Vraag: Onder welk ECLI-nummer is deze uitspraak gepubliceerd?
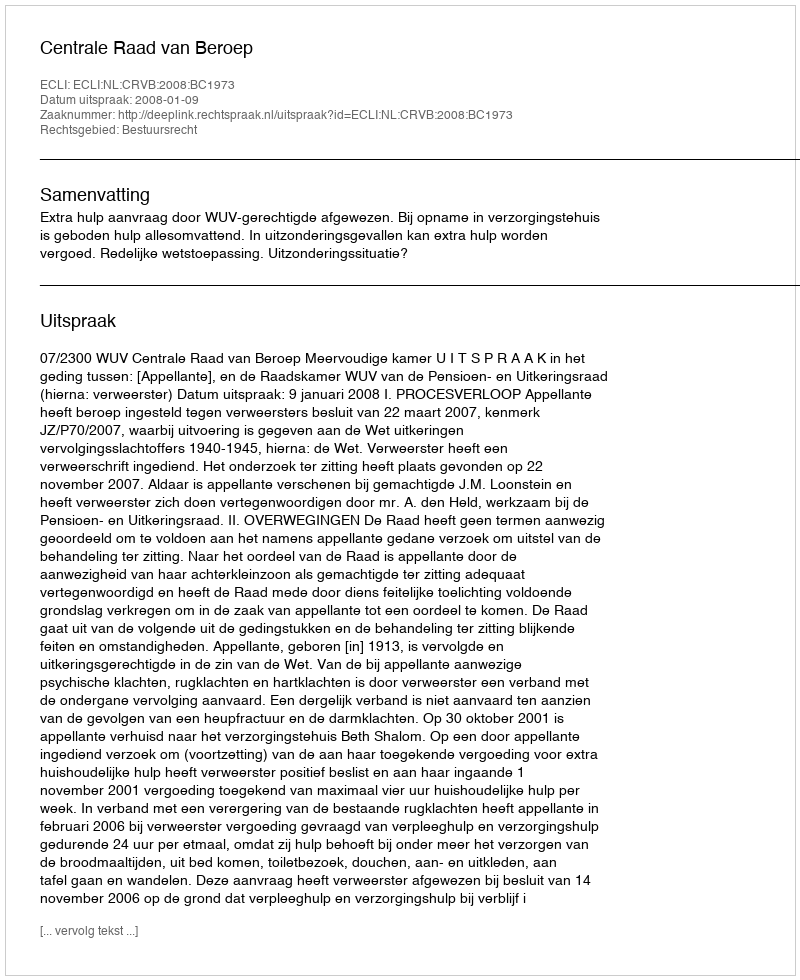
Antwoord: ECLI:NL:CRVB:2008:BC1973